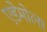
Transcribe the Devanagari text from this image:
एडेमोला